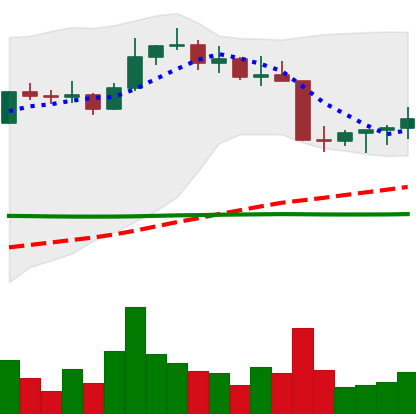
Ticker: ETC-USD
Chart end date: 2022-08-24
Forward return: -4.894%
Label: down_3_5